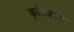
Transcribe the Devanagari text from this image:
कृतिकळ